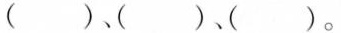
( )( )( )。